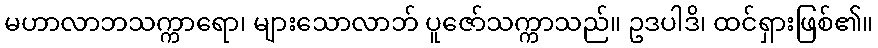
မဟာလာဘသက္ကာရော၊ များသောလာဘ် ပူဇော်သက္ကာသည်။ ဥဒပါဒိ၊ ထင်ရှားဖြစ်၏။